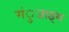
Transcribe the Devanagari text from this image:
गंुजाइश